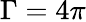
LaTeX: \Gamma=4\pi